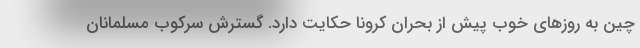
چین به روزهای خوب پیش از بحران کرونا حکایت دارد. گسترش سرکوب مسلمانان